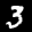
Label: 3